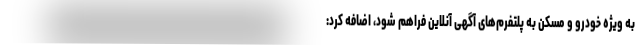
به ویژه خودرو و مسکن به پلتفرم‌های آگهی آنلاین فراهم شود، اضافه کرد: